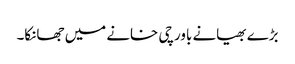
بڑے بھیانے باورچی خانے میں جھانکا۔